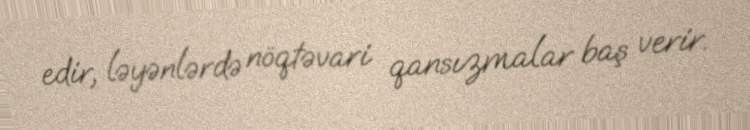
edir, ləyənlərdə nöqtəvari qansızmalar baş verir.